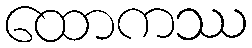
ထောကဿ